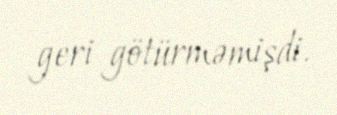
geri götürməmişdi.